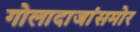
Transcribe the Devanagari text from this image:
गोलादाजांसमोर